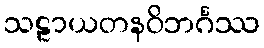
သဠာယတနဝိဘင်္ဂဿ